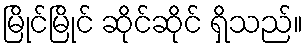
မြိုင်မြိုင် ဆိုင်ဆိုင် ရှိသည်။